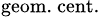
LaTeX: _\mathrm{geom.\ cent.}